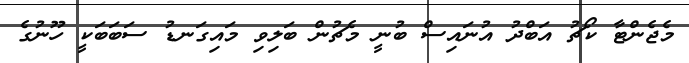
މެޖެންޓާ ކޯޗު އަބްދު އުނައިސް ބުނީ މެޗުން ބަލިވި މައިގަނޑު ސަބަބަކީ ހޫނުގެ